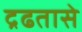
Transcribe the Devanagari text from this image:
द्रढतासे